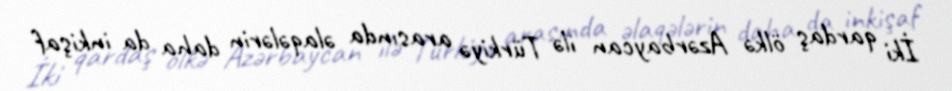
İki qardaş ölkə Azərbaycan ilə Türkiyə arasında əlaqələrin daha da inkişaf